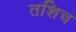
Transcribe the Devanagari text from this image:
तशिच